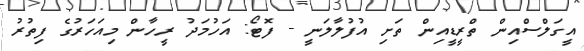
އީގަލްސްއިން ތްރީޑީއިން ތަށި އުފުލާލަނީ - ފޮޓޯ: އަހުމަދު ރީހާން މިއަހަރުގެ ފިތުރު